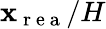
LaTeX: {\mathbf{x}_{\mathrm{{~r~e~a~}}}/H}